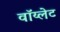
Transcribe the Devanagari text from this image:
वॉय्लेट